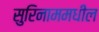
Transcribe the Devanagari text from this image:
सुरिनाममधील